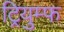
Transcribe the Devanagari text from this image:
ट्रियुम्फ